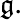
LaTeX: {\mathfrak{g}}.